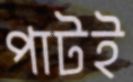
পাটই